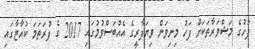
ފަހުގެ މަޝްވަރާތަކަށް ފަހު މިނިވަން ވިޔަފާރީގެ އެއްބަސްވުމުގައި 2017 ގެ ފުރަތަމަ ކުއާޓާގައި